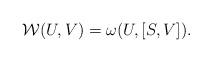
LaTeX: \begin{align*}\mathcal{W}(U,V)=\omega(U,[S,V]). \end{align*}